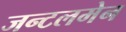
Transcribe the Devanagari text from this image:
जन्टलमेन